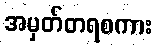
အမှတ်တရစကား